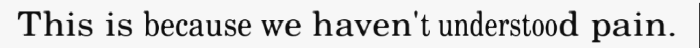
This is because we haven't understood pain.